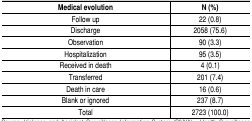
<table><thead><tr><td><b>Medical evolution</b></td><td><b>N (%)</b></td></tr></thead><tbody><tr><td>Follow up</td><td>22 (0.8)</td></tr><tr><td>Discharge</td><td>2058 (75.6)</td></tr><tr><td>Observation</td><td>90 (3.3)</td></tr><tr><td>Hospitalization</td><td>95 (3.5)</td></tr><tr><td>Received in death</td><td>4 (0.1)</td></tr><tr><td>Transferred</td><td>201 (7.4)</td></tr><tr><td>Death in care</td><td>16 (0.6)</td></tr><tr><td>Blank or ignored</td><td>237 (8.7)</td></tr><tr><td>Total</td><td>2723 (100.0)</td></tr></tbody></table>